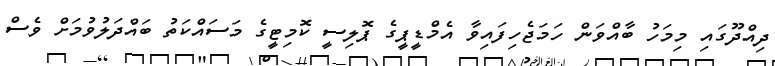
ދިއްދޫގައި މިމަހު ބާއްވަން ހަމަޖެހިފައިވާ އެމްޑީޕީގެ ޕޮލިސީ ކޮމިޓީގެ މަސައްކަތު ބައްދަލުވުމަށް ވެސް